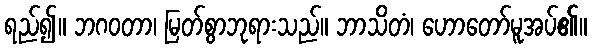
ရည်၍။ ဘဂဝတာ၊ မြတ်စွာဘုရားသည်။ ဘာသိတံ၊ ဟောတော်မူအပ်၏။